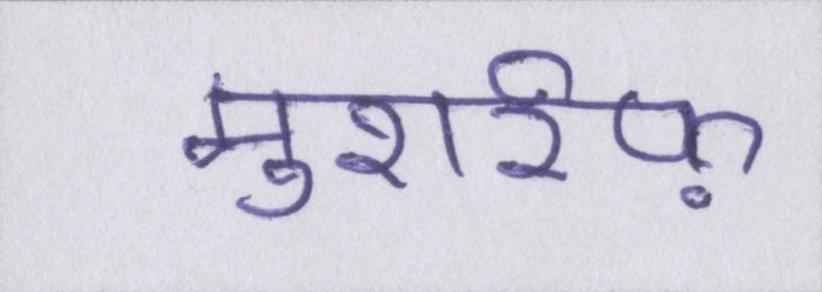
मुशर्रफ़